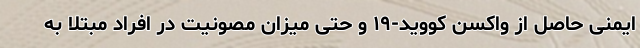
ایمنی حاصل از واکسن کووید-۱۹ و حتی میزان مصونیت در افراد مبتلا به